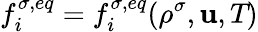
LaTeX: f_{i}^{\sigma,eq}=f_{i}^{\sigma,eq}(\rho^{\sigma},\mathbf{u},\textit{T})